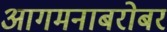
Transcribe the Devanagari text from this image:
आगमनाबरोबर